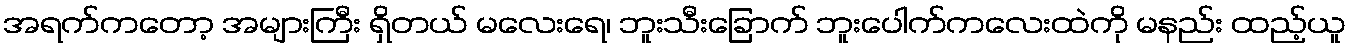
အရက်ကတော့ အများကြီး ရှိတယ် မလေးရေ၊ ဘူးသီးခြောက် ဘူးပေါက်ကလေးထဲကို မနည်း ထည့်ယူ